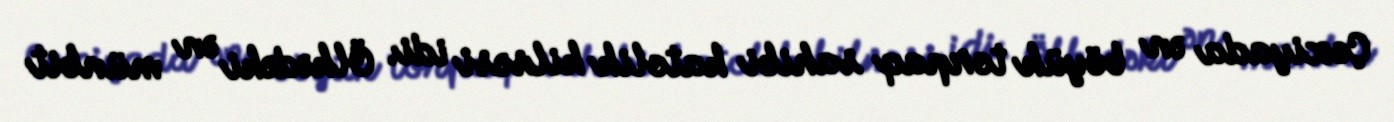
Çexiyada ən böyük torpaq sahibi katolik kilsəsi idi. Ölkədəki ən münbit